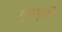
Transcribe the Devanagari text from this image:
गुरुपुत्री